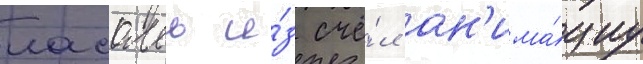
ласалль и́з счё́л ан'има́циу